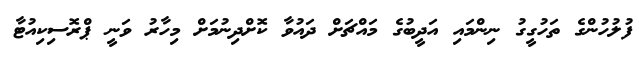
ފުލުހުންގެ ތަހުގީގު ނިންމައި އަދީބުގެ މައްޗަށް ދައުވާ ކޮށްދިނުމަށް މިހާރު ވަނީ ޕްރޮސިކިއުޓާ